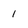
Character: I